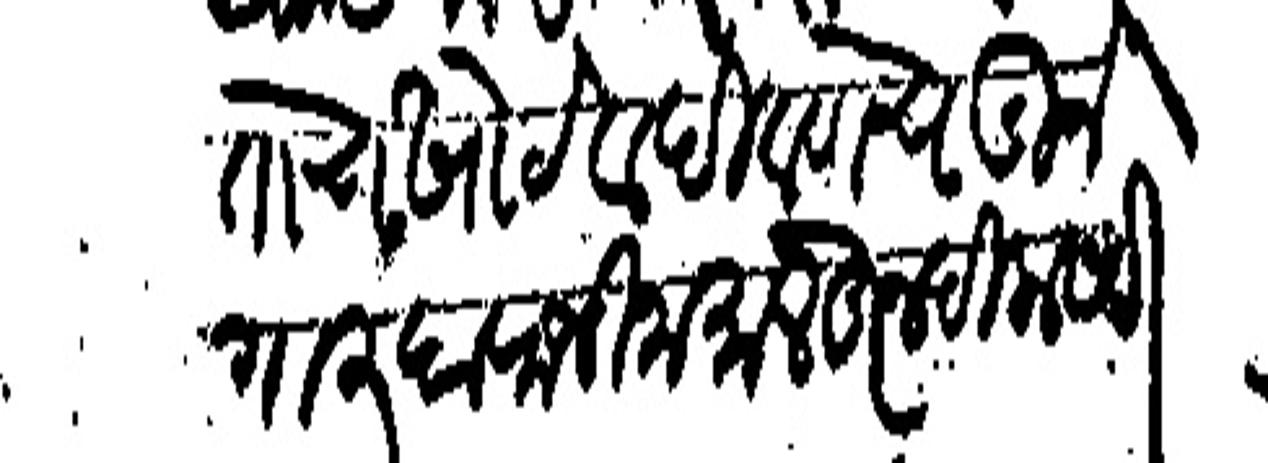
Transliteration (Devanagari): गोताचे खोटे व दिवाणाचे गुनेगार हा राजीनामा लेहून दिल्हा सही